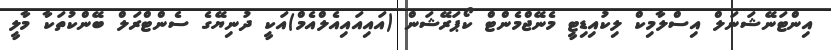
އިންޓަނޭޝަނަލް އިސްލާމިކް ލިކުއިޑިޓީ މެނޭޖްމެންޓް ކޯޕަރޭޝަން (އައިއައިއެލްއެމް)އަކީ ދުނިޔޭގެ ސެންޓްރަލް ބޭންކުތަކާ މާލީ